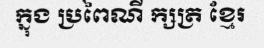
ក្នុង ប្រពៃណី ក្សត្រ ខ្មែរ